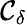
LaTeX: \mathcal{C}_{\delta}